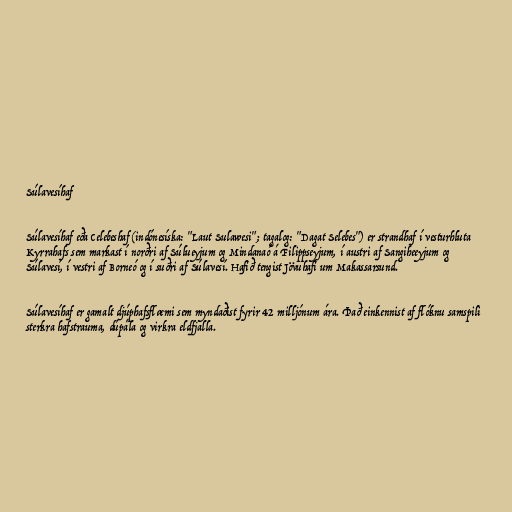
Súlavesíhaf

Súlavesíhaf eða Celebeshaf (indónesíska: "Laut Sulawesi"; tagalog: "Dagat Selebes") er strandhaf í vesturhluta
Kyrrahafs sem markast í norðri af Súlueyjum og Mindanaó á Filippseyjum, í austri af Sangiheeyjum og
Súlavesí, í vestri af Borneó og í suðri af Súlavesí. Hafið tengist Jövuhafi um Makassarsund.

Súlavesíhaf er gamalt djúphafsflæmi sem myndaðist fyrir 42 milljónum ára. Það einkennist af flóknu samspili
sterkra hafstrauma, dúpála og virkra eldfjalla.